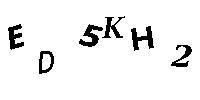
ED5KH2